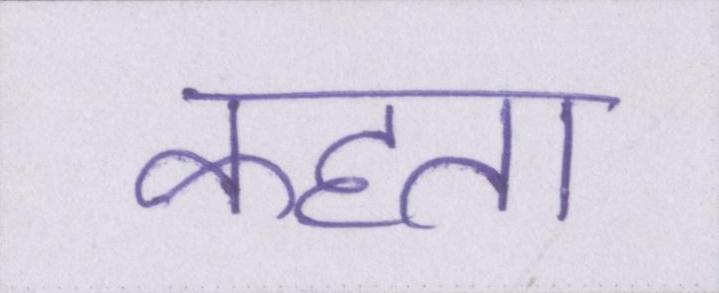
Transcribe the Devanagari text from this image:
कहता